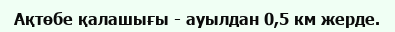
Ақтөбе қалашығы - ауылдан 0,5 км жерде.